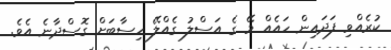
ކުރެއްވި ފަދައިން ހައެއް މޭ ގެ އަސްލު ގެއްލޭ ހިސާބަށް ގޮސްދާނެ އެވެ.